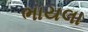
ભાયલા